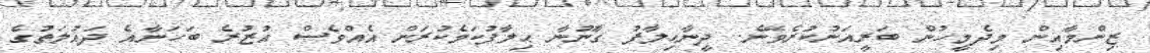
ޒިންމާއިން މިދެމީހުން ބަރީއަނުކުރެވޭނެ.. ދީނާޙިލާފު ގާނޫނާ ޙިލާފުކަމެކުރަން އެއްވެސް އުޒުރެ ބަހަނާއެ ދައުލަތުގެ